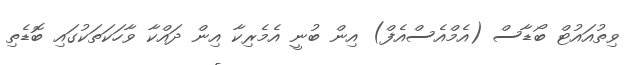
ވިތުއައުޓް ބޯޑާސް (އެމްއެސްއެފް) އިން ބުނީ އެމެރިކާ އިން ދައްކާ ވާހަކަތަކުގައި ބޮޑެތި